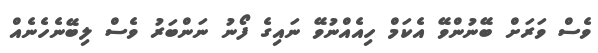
ވެސް ވަރަށް ބޭނުންވޭ އެކަމް ހިއެއްނުވޭ ނައިގެ ފޯނު ނަންބަރު ވެސް ލިބޭނެހެނެއް